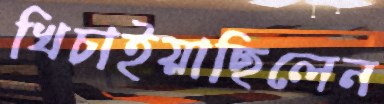
খিচাইয়াছিলেন